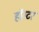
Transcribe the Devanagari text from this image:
हॉस्टर